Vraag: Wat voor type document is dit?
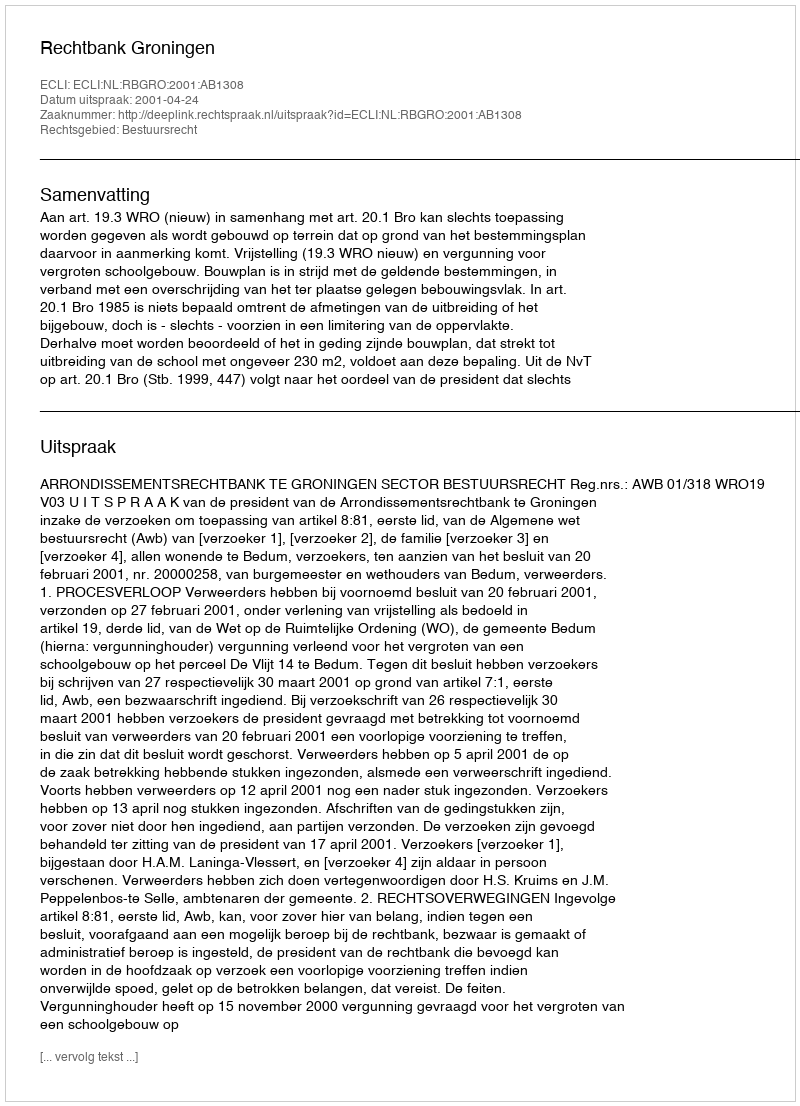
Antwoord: Uitspraak